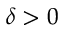
\delta > 0